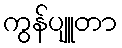
ကွန်ပျူတာ